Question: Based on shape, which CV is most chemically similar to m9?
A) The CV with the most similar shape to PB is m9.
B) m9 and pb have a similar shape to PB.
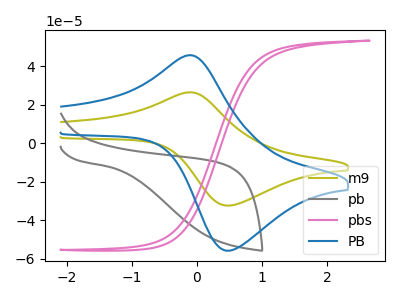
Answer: <think>The olive curve "m9" has an anodic peak at (-0.15V, 26.55uA) and a cathodic peak at (0.50V, -32.30uA). The gray curve "pb" has no peaks. The pink curve "pbs" has no peaks. The blue curve "PB" has an anodic peak at (-0.15V, 45.80uA) and a cathodic peak at (0.50V, -55.75uA).
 "m9" and "pb" have a different number of peaks. "m9" and "pbs" have a different number of peaks. All the peaks in "m9" have a peak in "PB" at the same potential. Every peak in "m9" is lower than every peak in "PB". Neither "pb" or "pbs" have any peaks. "pb" and "PB" have a different number of peaks. "pbs" and "PB" have a different number of peaks.</think>
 <answer>A) The CV with the most similar shape to "PB" is "m9".</answer>
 <eval>A</eval>